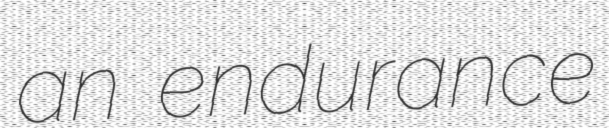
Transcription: an endurance